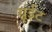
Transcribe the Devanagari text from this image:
ग्रूईट